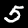
Label: 5